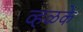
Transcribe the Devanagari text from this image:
व्हळके